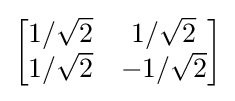
{\begin{bmatrix}1/{\sqrt {2}}&1/{\sqrt {2}}\\1/{\sqrt {2}}&-1/{\sqrt {2}}\end{bmatrix}}